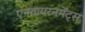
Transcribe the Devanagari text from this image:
एनवायरनमेंट्स